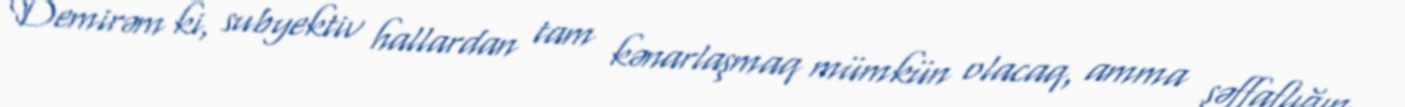
Demirəm ki, subyektiv hallardan tam kənarlaşmaq mümkün olacaq, amma şəffaflığın